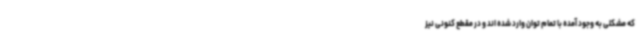
که مشکلی به وجود آمده با تمام توان وارد شده اند و در مقطع کنونی نیز